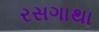
રસગાથા